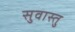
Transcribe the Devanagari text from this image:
सुवास्तु